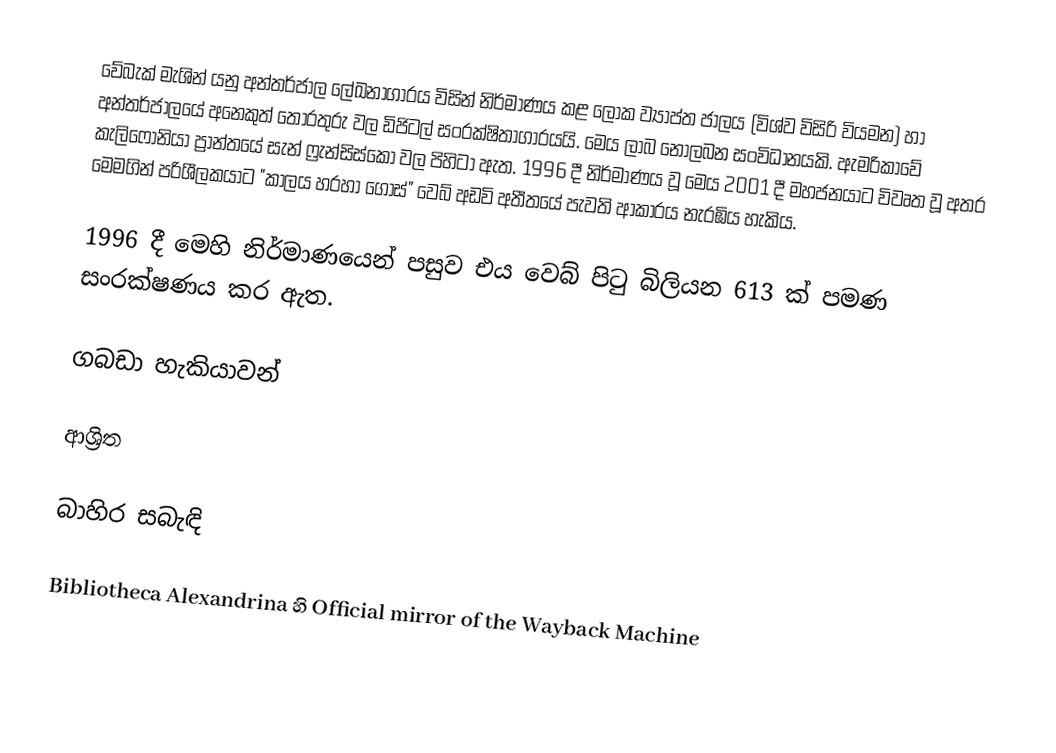
වේබැක් මැශින් යනු අන්තර්ජාල ලේඛනාගාරය විසින් නිර්මාණය කළ ලෝක ව්‍යාප්ත ජාලය (විශ්ව විසිරි වියමන) හා අන්තර්ජාලයේ අනෙකුත් තොරතුරු වල ඩිජිටල් සංරක්ෂිතාගාරයයි. මෙය ලාබ නොලබන සංවිධානයකි. ඇමරිකාවේ කැලිෆෝනියා ප්‍රාන්තයේ සැන් ෆ්‍රැන්සිස්කෝ වල පිහිටා ඇත. 1996 දී නිර්මාණය වූ මෙය 2001 දී මහජනයාට විවෘත වූ අතර මෙමගින් පරිශීලකයාට "කාලය හරහා ගොස්" වෙබ් අඩවි අතීතයේ පැවති ආකාරය නැරඹිය හැකිය.

1996 දී මෙහි නිර්මාණයෙන් පසුව එය වෙබ් පිටු බිලියන 613 ක් පමණ සං‍රක්ෂණය කර ඇත.

ගබඩා හැකියාවන්

ආශ්‍රිත

බාහිර සබැඳි

Bibliotheca Alexandrina හි Official mirror of the Wayback Machine